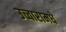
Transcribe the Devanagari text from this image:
उच्चारामधे